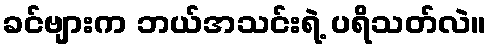
ခင်ဗျားက ဘယ်အသင်းရဲ့ ပရိသတ်လဲ။